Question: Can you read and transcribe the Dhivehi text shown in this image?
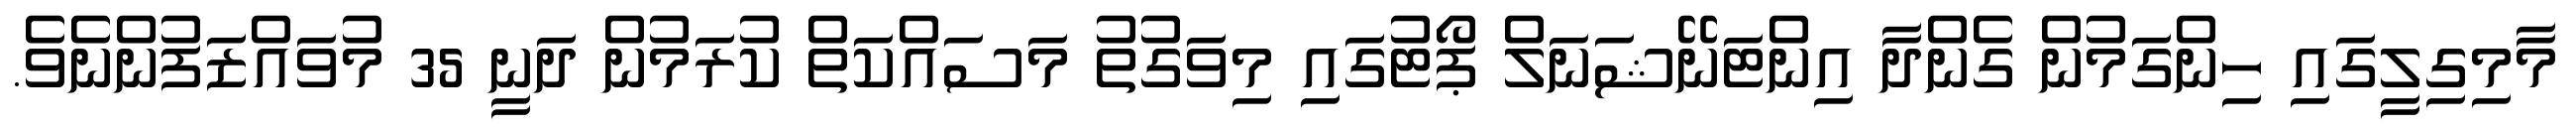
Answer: މާމިގިލީގައި ހިންގަމުން ގެންދާ އިންޓަނޭޝަނަލް ޕޯޓުގައި މިވަގުތު މަސައްކަތް ކުރަމުން ދަނީ 35 މުވައްޒަފުންނެވެ.